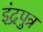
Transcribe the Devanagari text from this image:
इंद्रपुत्र